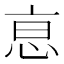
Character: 恴